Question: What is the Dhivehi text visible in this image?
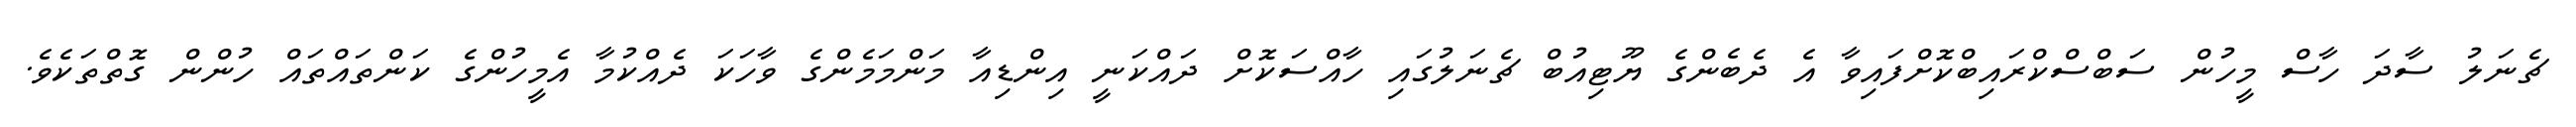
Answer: ޗެނަލު ސާދަ ހާސް މީހުން ސަބްސްކްރައިބްކޮށްފައިވާ އެ ދެބެންގެ ޔޫޓިއުބް ޗެނަލުގައި ހާއްސަކޮށް ދައްކަނީ އިންޑިއާ މަންމަމެންގެ ވާހަކަ ދެއްކުމާ އެމީހުންގެ ކަންތައްތައް ހުންން ގޮތްތަކެވެ.